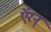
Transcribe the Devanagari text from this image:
ऍरन्